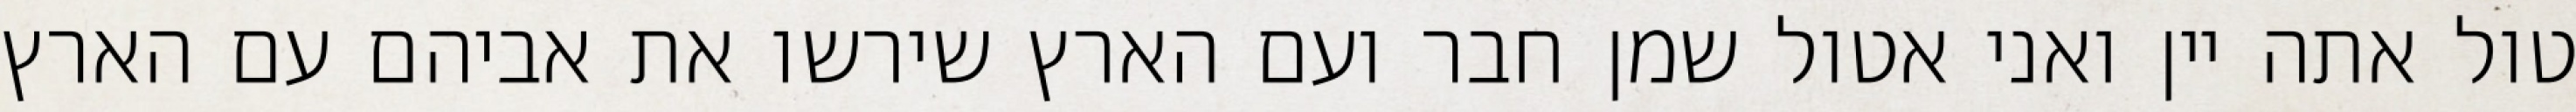
טול אתה יין ואני אטול שמן חבר ועם הארץ שירשו את אביהם עם הארץ